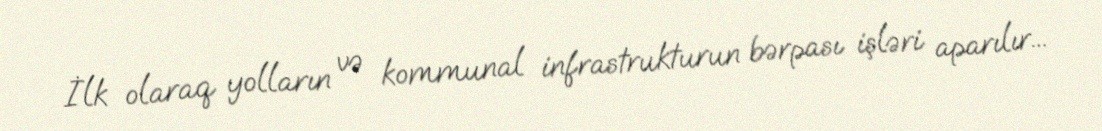
İlk olaraq yolların və kommunal infrastrukturun bərpası işləri aparılır...